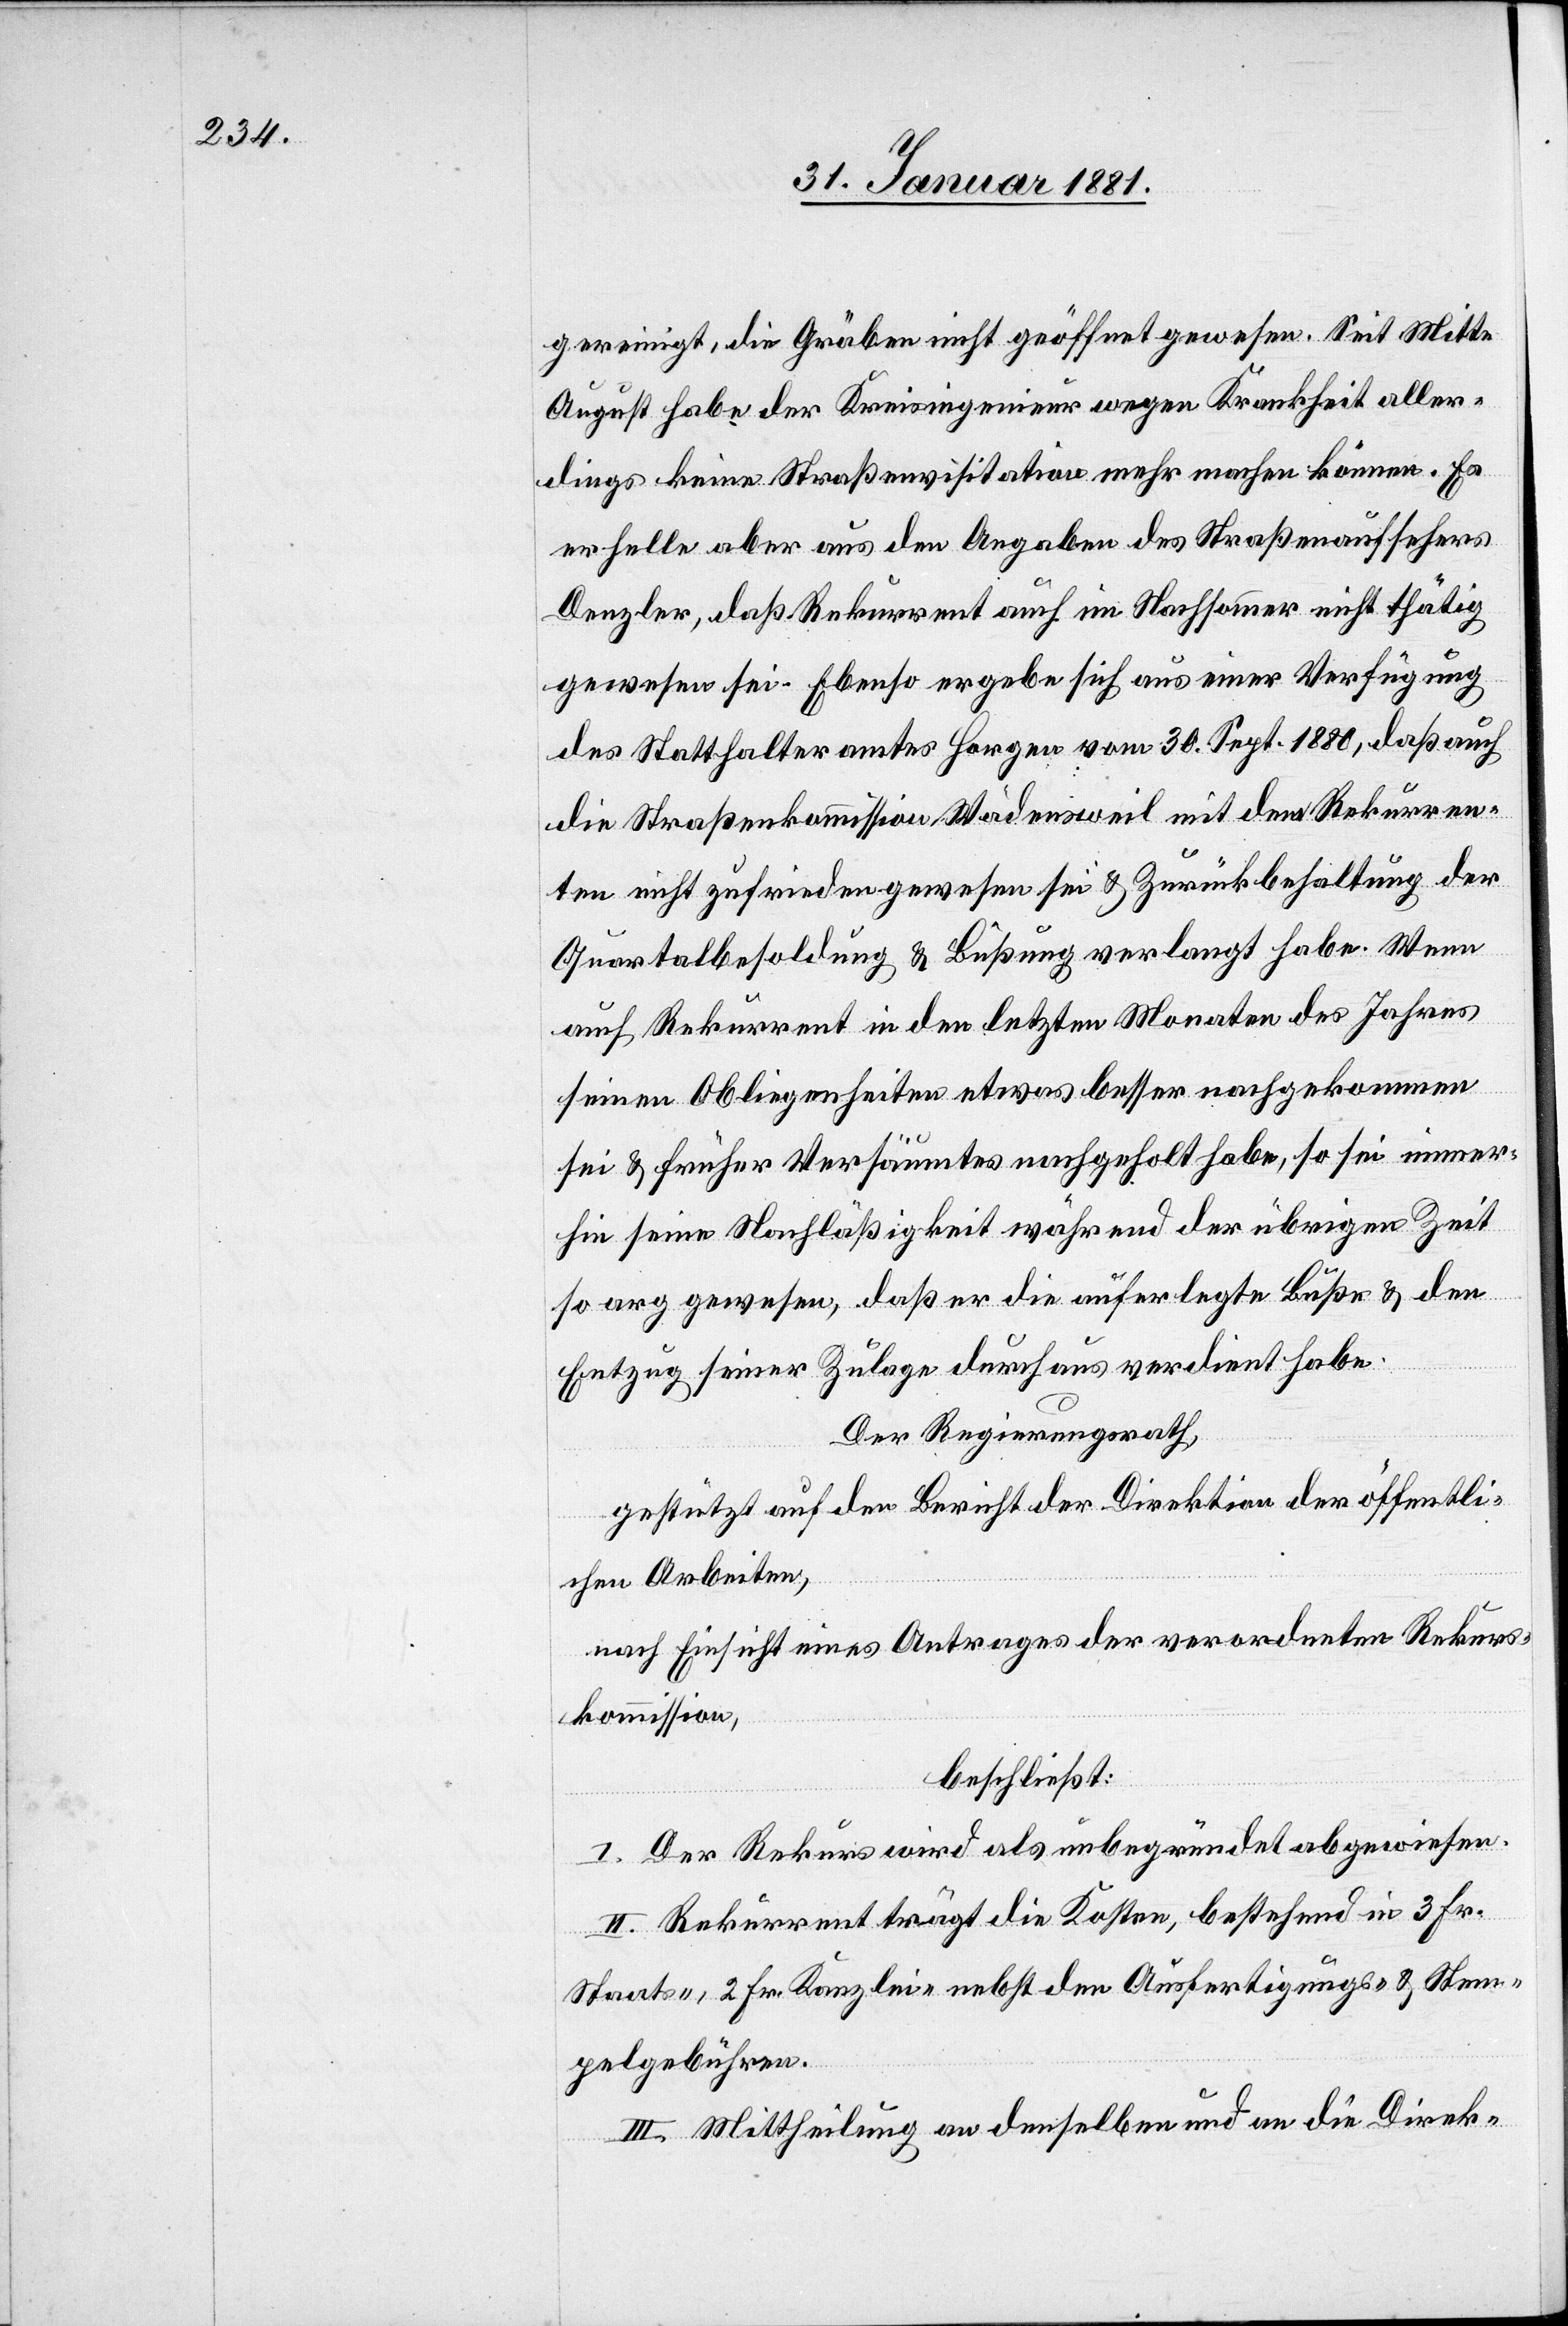
gereinigt, die Gräben nicht geöffnet gewesen. Seit Mitte
August habe der Kreisingenieur wegen Krankheit aller¬
dings keine Straßenvisitation mehr machen können. Es
erhelle aber aus den Angaben des Straßenaufsehers
Denzler, daß Rekurrent auch im Nachsimmern nicht thätig
gewesen sei. Ebenso ergebe sich aus einer Verfügung
des Statthalteramtes Horgen vom 30 Sept. 1880, daß auch
die Straßenkommission Wädensweil mit dem Rekurren¬
ten nicht zufrieden gewesen sei & Zurückbehaltung der
Quartalbesoldung & Büßung verlangt habe. Wenn
auch Rekurrent in den letzten Monaten des Jahres
seinen Obliegenheiten etwas besser nachgekommen
sei & früher Versäumtes nachgeholt habe, so sei immer¬
hin seine Nachläßigkeit während der übrigen Zeit
so arg gewesen, daß er die auferlegte Buße & den
Entzug seiner Zulage durchaus verdient habe.
Der Regierungsrath,
gestützt auf den Bericht der Direktion der öffentli¬
chen Arbeiten,
nach Einsicht eines Antrages der verordneten Rekurs¬
kommission,
beschließt:
I. Der Rekurs wird als unbegründet abgewiesen.
II. Rekurrent trägt die Kosten, bestehend in 3 Fr.
Staats-, 2 Fr. Kanzlei- nebst den Ausfertigungs- & Stem¬
pelgebühren.
III. Mittheilung an denselben und an die Direk-